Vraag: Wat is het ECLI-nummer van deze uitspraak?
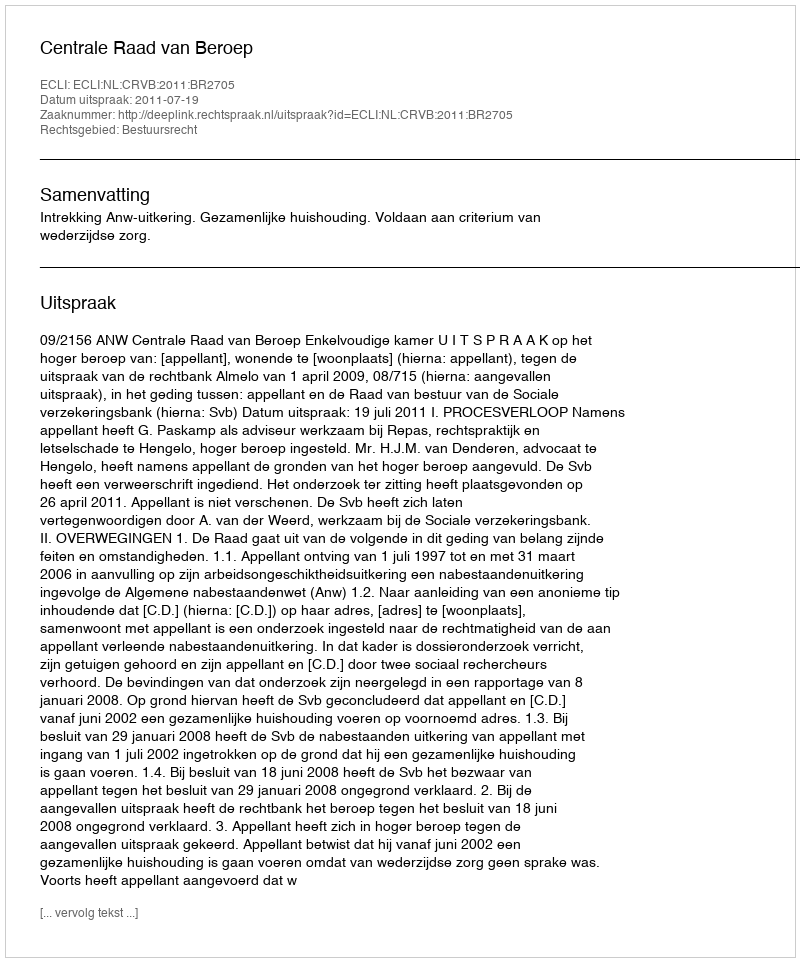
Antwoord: ECLI:NL:CRVB:2011:BR2705